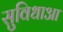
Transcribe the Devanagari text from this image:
सुविधाआ